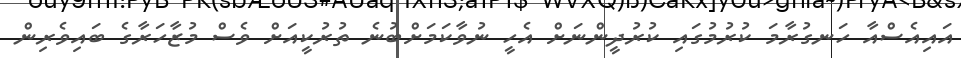
އައިއެސްއާ ހަނގުރާމަ ކުރުމުގައި ކުރުދީންނަށް އެހީ ނުވާކަމަށްބުނެ ތުރުކީއަށް ވެސް މުޒާހަރާގެ ބައިވެރިން